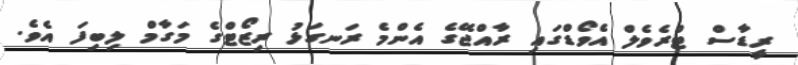
ރީޑާސް ޓްރެވެލް އެވޯޑްގައި ރާއްޖޭގެ އެންމެ ރަނގަޅު ރިޒޯޓްގެ މަގާމް ލިބިފަ އެވެ.